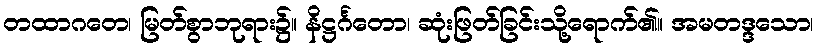
တထာဂတေ၊ မြတ်စွာဘုရား၌။ နိဋ္ဌင်္ဂတော၊ ဆုံးဖြတ်ခြင်းသို့ရောက်၏။ အမတဒ္ဒသော၊